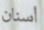
أسنان